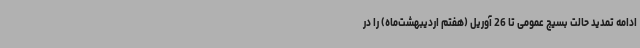
ادامه تمدید حالت بسیج عمومی تا 26 آوریل (هفتم اردیبهشت‌ماه) را در